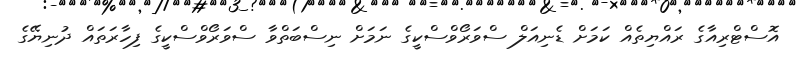
އޮސްޓްރިއާގެ ރައްޔިތެއް ކަމަށް ޑެނިއަލް ސްވަރޯވްސްކީގެ ނަމަށް ނިސްބަތްވާ ސްވަރޯވްސްކީގެ ފިހާރަތައް ދުނިޔޭގެ